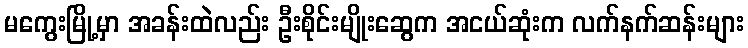
မကွေးမြို့မှာ အခန်းထဲလည်း ဦးစိုင်းမျိုးဆွေက အငယ်ဆုံးက လက်နက်ဆန်းများ